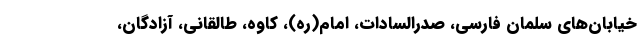
خیابان‌های سلمان فارسی، صدرالسادات، امام(ره)، کاوه، طالقانی، آزادگان،